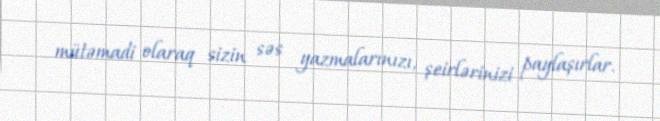
mütəmadi olaraq sizin səs yazmalarınızı, şeirlərinizi paylaşırlar.